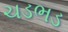
ચડભડ